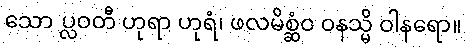
သော ပ္လဝတီ ဟုရာ ဟုရံ၊ ဖလမိစ္ဆံဝ ဝနသ္မိ ဝါနရော။